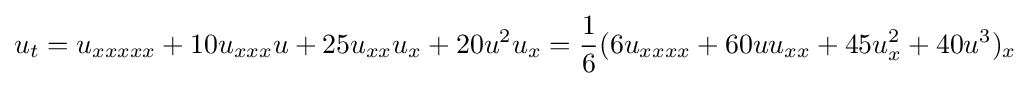
u_{t}=u_{xxxxx}+10u_{xxx}u+25u_{xx}u_{x}+20u^{2}u_{x}={\frac {1}{6}}(6u_{xxxx}+60uu_{xx}+45u_{x}^{2}+40u^{3})_{x}